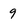
Character: g